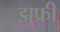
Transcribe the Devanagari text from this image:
झुफ्री